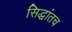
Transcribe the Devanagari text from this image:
सिद्धांतच